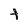
Character: t